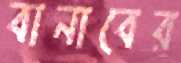
বানাবের